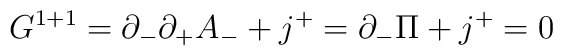
G^{1+1} = \partial_{-} \partial_{+} A_{-} + j^{+} = \partial_{-} \Pi +j^{+} = 0